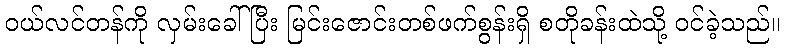
ဝယ်လင်တန်ကို လှမ်းခေါ်ပြီး မြင်းဇောင်းတစ်ဖက်စွန်းရှိ စတိုခန်းထဲသို့ ဝင်ခဲ့သည်။